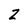
Character: Z